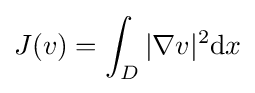
\displaystyle J(v)=\int _{D}|\nabla v|^{2}\mathrm {d} x